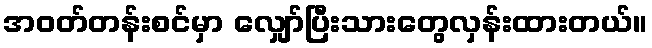
အဝတ်တန်းစင်မှာ လျှော်ပြီးသားတွေလှန်းထားတယ်။